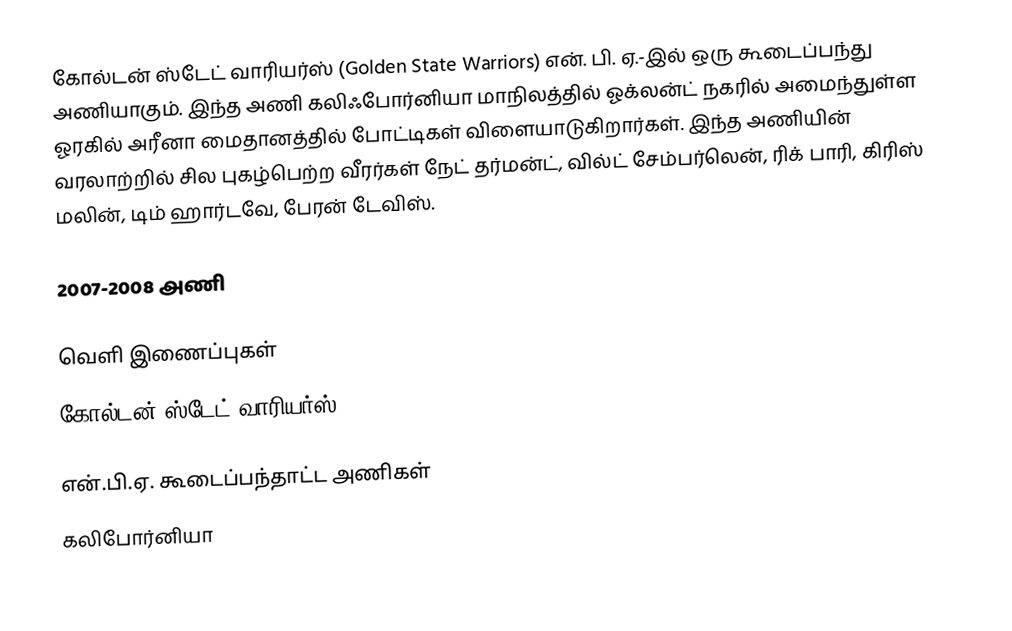
கோல்டன் ஸ்டேட் வாரியர்ஸ் (Golden State Warriors) என். பி. ஏ.-இல் ஒரு கூடைப்பந்து அணியாகும். இந்த அணி கலிஃபோர்னியா மாநிலத்தில் ஓக்லன்ட் நகரில் அமைந்துள்ள  ஓரகில் அரீனா மைதானத்தில் போட்டிகள் விளையாடுகிறார்கள். இந்த அணியின் வரலாற்றில் சில புகழ்பெற்ற வீரர்கள் நேட் தர்மன்ட், வில்ட் சேம்பர்லென், ரிக் பாரி, கிரிஸ் மலின், டிம் ஹார்டவே, பேரன் டேவிஸ்.

2007-2008 அணி

வெளி இணைப்புகள்
 கோல்டன் ஸ்டேட் வாரியர்ஸ்

என்.பி.ஏ. கூடைப்பந்தாட்ட அணிகள்
கலிபோர்னியா